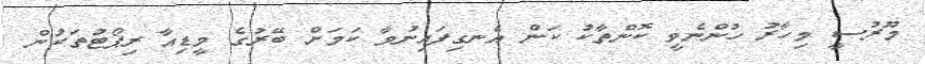
މޫރުސީ މިހާރު ހުންނެވީ ކޮންތާކު ކަން އެނގިފައިނުވާ ކަމަށް ބޭރުގެ މީޑިއާ ރިޕޯޓުތަކުން